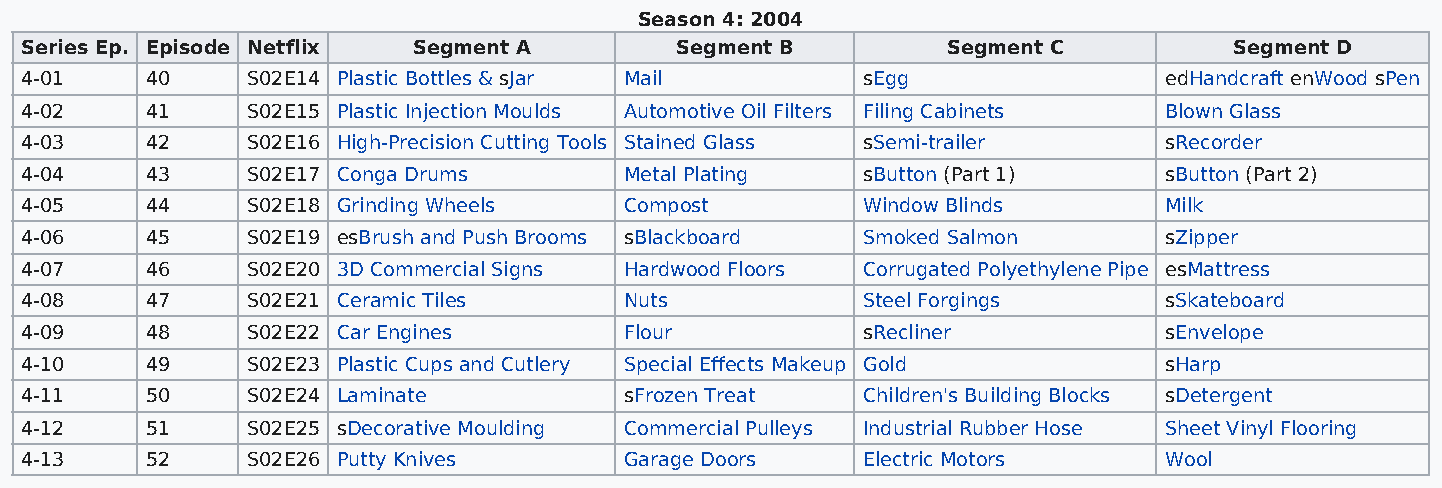
Season 4: 2004
 Series Ep. Episode Netflix Segment A        Segment B         Segment C          Segment D
 4-01     40    S02E14 Plastic Bottles & sJar Mail       sEgg                edHandcraft enWood sPen
 4-02     41    S02E15 Plastic Injection Moulds Automotive Oil Filters Filing Cabinets Blown Glass
 4-03     42    S02E16 High-Precision Cutting Tools Stained Glass sSemi-trailer sRecorder
 4-04     43    S02E17 Conga Drums       Metal Plating   sButton (Part 1)    sButton (Part 2)
 4-05     44    S02E18 Grinding Wheels   Compost         Window Blinds       Milk
 4-06     45    S02E19 esBrush and Push Brooms sBlackboard Smoked Salmon     sZipper
 4-07     46    S02E20 3D Commercial Signs Hardwood Floors Corrugated Polyethylene Pipe esMattress
 4-08     47    S02E21 Ceramic Tiles     Nuts            Steel Forgings      sSkateboard
 4-09     48    S02E22 Car Engines       Flour           sRecliner           sEnvelope
 4-10     49    S02E23 Plastic Cups and Cutlery Special Effects Makeup Gold  sHarp
 4-11     50    S02E24 Laminate          sFrozen Treat   Children's Building Blocks sDetergent
 4-12     51    S02E25 sDecorative Moulding Commercial Pulleys Industrial Rubber Hose Sheet Vinyl Flooring
 4-13     52    S02E26 Putty Knives      Garage Doors    Electric Motors     Wool